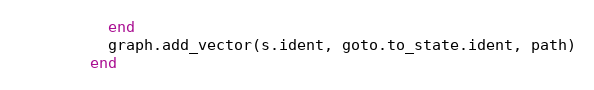
Language: Ruby
          end
          graph.add_vector(s.ident, goto.to_state.ident, path)
        end